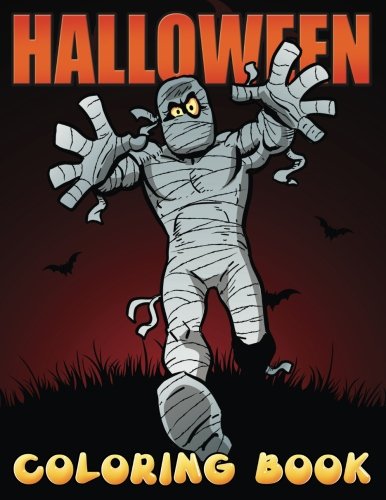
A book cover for Halloween Coloring Book; Art71; Children's Books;